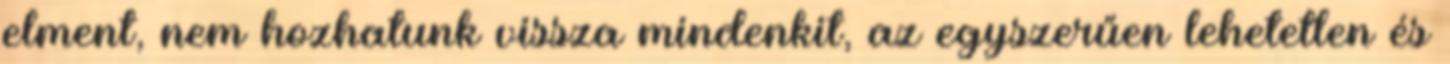
elment, nem hozhatunk vissza mindenkit, az egyszerűen lehetetlen és